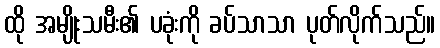
ထို အမျိုးသမီး၏ ပခုံးကို ခပ်သာသာ ပုတ်လိုက်သည်။